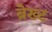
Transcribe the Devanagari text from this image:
ब्रेख्ट